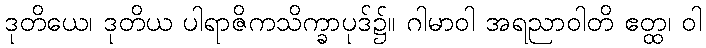
ဒုတိယေ၊ ဒုတိယ ပါရာဇိကသိက္ခာပုဒ်၌။ ဂါမာဝါ အရညာဝါတိ ဧတ္ထ၊ ဝါ